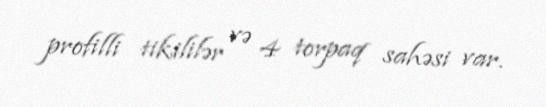
profilli tikililər və 4 torpaq sahəsi var.